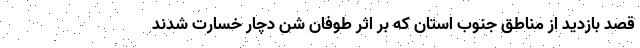
قصد بازدید از مناطق جنوب استان که بر اثر طوفان شن دچار خسارت شدند